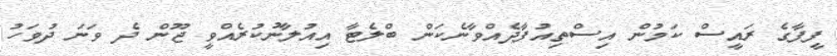
ފީފާގެ ރައީސް ކަމުން އިސްތިއުފާދެއްވާނެކަން ބްލެޓާ އިއުލާނުކުރެއްވީ ޖޫން ދެ ވަނަ ދުވަހު